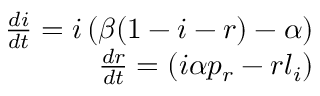
\begin{array} { r } { \frac { d i } { d t } = i \left( \beta ( 1 - i - r ) - \alpha \right) } \\ { \frac { d r } { d t } = \left( i \alpha p _ { r } - r l _ { i } \right) } \end{array}